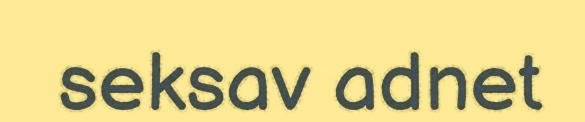
seksav adnet